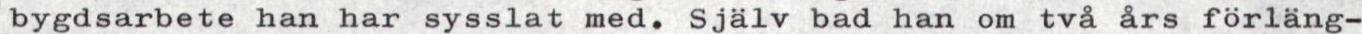
bygdsarbete han har sysslat med. Själv bad han om två års förläng-